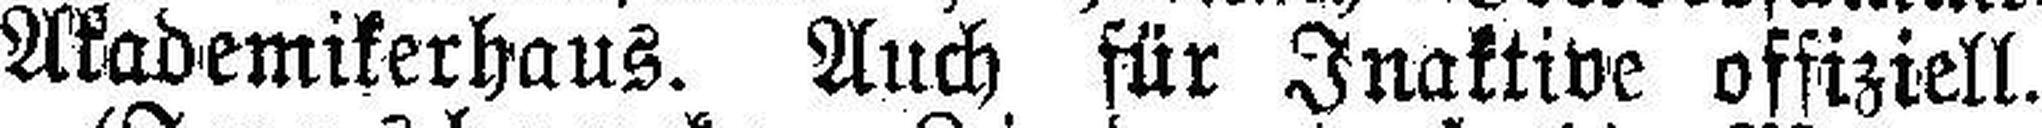
Akademikerhaus. Auch für Inaktive offiziell.